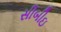
સીબીઇ